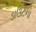
ડાઉટના